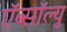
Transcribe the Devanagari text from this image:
ऍब्सॉल्यु